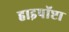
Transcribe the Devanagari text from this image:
हाइपॉप्टा